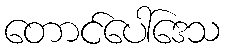
တောင်ပေါ်ဒေသ